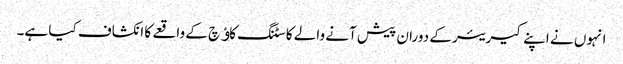
انہوں نے اپنے کیریئر کے دوران پیش آنے والے کاسٹنگ کاﺅچ کے واقعے کا انکشاف کیا ہے۔